Scottish Leaving Certificate Examination, 1959
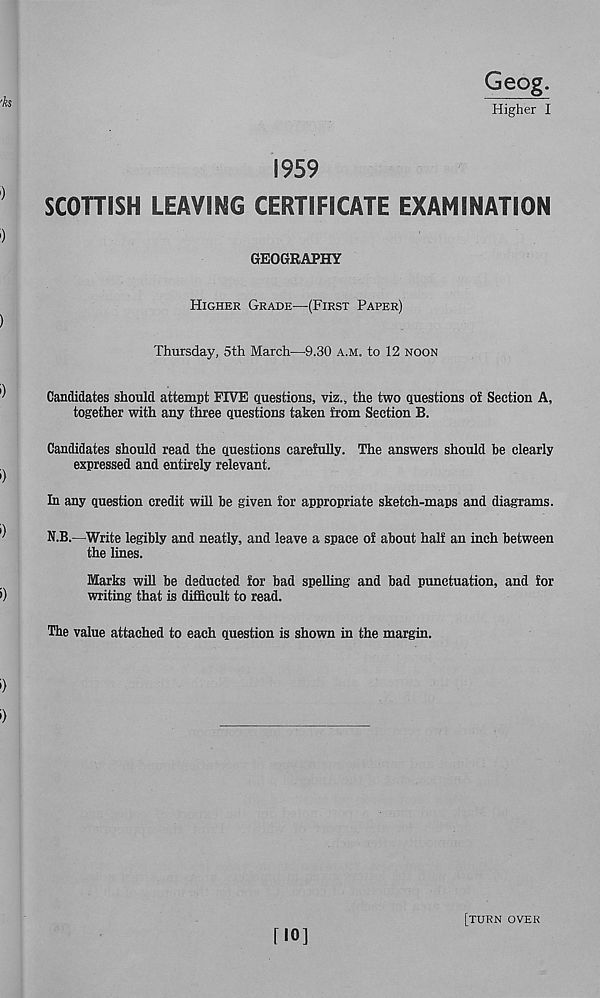
Geog.
Higher I
1959
SCOTTISH LEAVING CERTIFICATE EXAMINATION
GEOGRAPHY
Higher Grade—(First Paper)
Thursday, 5th March—9.30 a.m. to 12 noon
Candidates should attempt FIVE questions, viz., the two questions of Section A,
together with any three questions taken from Section B.
Candidates should read the questions carefully. The answers should be clearly
expressed and entirely relevant.
In any question credit will be given for appropriate sketch-maps and diagrams.
N.B.—Write legibly and neatly, and leave a space of about half an inch between
the lines.
Marks will be deducted for bad spelling and bad punctuation, and for
writing that is difficult to read.
The value attached to each question is shown in the margin.
[10]
[turn over